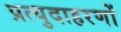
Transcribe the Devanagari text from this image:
प्रत्युदाहरणों